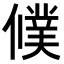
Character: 𬿵